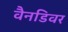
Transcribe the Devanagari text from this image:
वैनडिवर